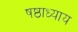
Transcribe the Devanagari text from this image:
षष्ठाध्याय